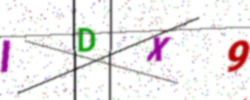
Text: IDX9